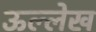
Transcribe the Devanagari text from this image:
ऊल्लेख